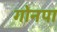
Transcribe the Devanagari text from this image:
गोनपा